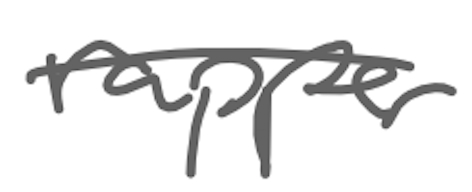
Text: rapper
Cross-out: single-line
Writing tool: digital_gray